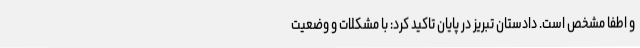
و اطفا مشخص است. دادستان تبریز در پایان تاکید کرد: با مشکلات و وضعیت